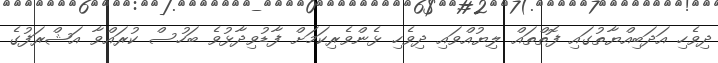
ދިވެހި އަދަބިއްޔާތުގައި ފޮތްތައް ލިޔުއްވައި ދިވެހި ޅެންވެރިކަމަށް ފާޑުވިދާޅުވެ ބަހުސް ކުރައްވާ އަޝްރަފުގެ